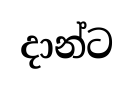
දාන්ට